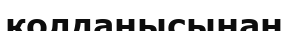
қолданысынан